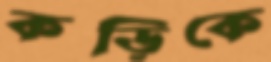
কড়িকে